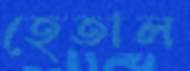
হেতাল